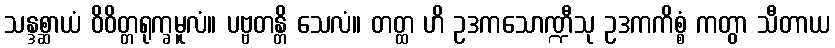
သန္ဒစ္ဆာယံ ဝိဝိတ္တရုက္ခမူလံ။ ပဗ္ဗတန္တိ သေလံ။ တတ္ထ ဟိ ဥဒကသောဏ္ဍီသု ဥဒကကိစ္စံ ကတွာ သီတာယ